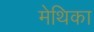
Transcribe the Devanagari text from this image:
मेथिका